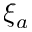
\xi _ { a }